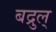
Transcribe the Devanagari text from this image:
बद्रुल्